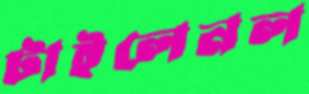
টাইলেনল